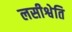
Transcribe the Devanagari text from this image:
लसीश्वेति